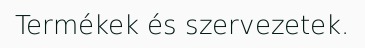
Termékek és szervezetek.